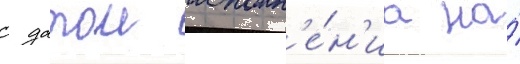
с датои исполн'е́н'иа на́